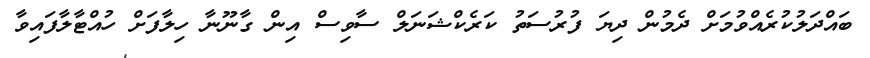
ބައްދަލުކުރެއްވުމަށް ދެމުން ދިޔަ ފުރުސަތު ކަރެކްޝަނަލް ސާވިސް އިން ގާނޫނާ ހިލާފަށް ހުއްޓާލާފައިވާ